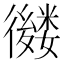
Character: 𢖕